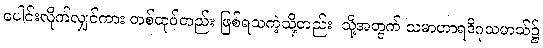
ပေါင်းလိုက်လျှင်ကား တစ်ထုပ်တည်း ဖြစ်ရသကဲ့သို့တည်း၊ သို့အတွက် သမာဟာရဒိဂုသမာသ်၌